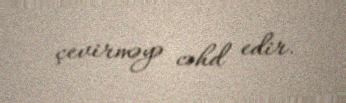
çevirməyə cəhd edir.